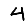
Digit: 4